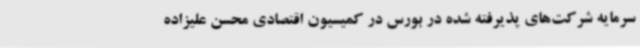
سرمایه شرکت‌های پذیرفته شده در بورس در کمیسیون اقتصادی محسن علیزاده